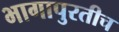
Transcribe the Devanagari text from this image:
भागापुरतीच